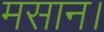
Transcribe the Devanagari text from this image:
मसान।